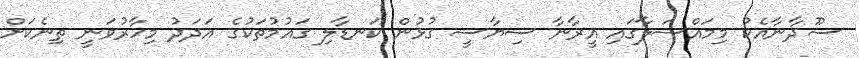
ސޫދާނާއެކު މިމައްސަލާގައި އީރާނާ ސިޔާސީ ގުޅުން ކަނޑާލި ގައުމުތަކުގެ އަދަދު މިހާރުވަނީ ތިނެކަށް